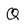
Character: Q